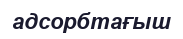
адсорбтағыш